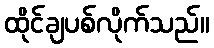
ထိုင်ချပစ်လိုက်သည်။